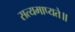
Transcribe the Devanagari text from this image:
सत्यमाप्यते॥